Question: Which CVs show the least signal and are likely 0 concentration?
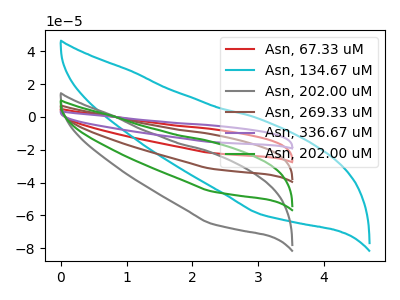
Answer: <think>The red curve "Asn, 67.33 uM" has no peaks. The cyan curve "Asn, 134.67 uM" has no peaks. The gray curve "Asn, 202.00 uM" has no peaks. The brown curve "Asn, 269.33 uM" has no peaks. The purple curve "Asn, 336.67 uM" has no peaks. The green curve "Asn, 202.00 uM" has no peaks.</think>
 <answer>"Asn, 67.33 uM", "Asn, 134.67 uM", "Asn, 202.00 uM", "Asn, 269.33 uM", "Asn, 336.67 uM" and "Asn, 202.00 uM" are likely to be blanks.</answer>
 <eval>"Asn, 67.33 uM", "Asn, 134.67 uM", "Asn, 202.00 uM", "Asn, 269.33 uM", "Asn, 336.67 uM", "Asn, 202.00 uM"</eval>